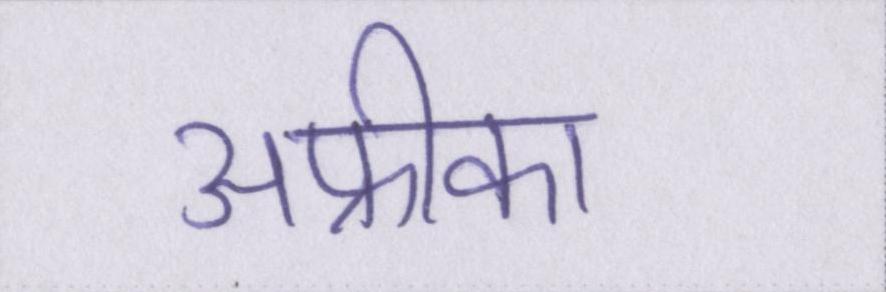
अफ्रीका